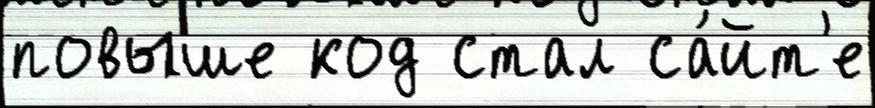
повыше код стал са́йт'е